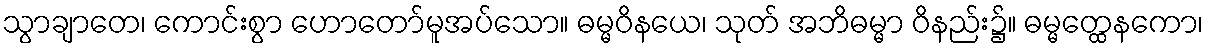
သွာချာတေ၊ ကောင်းစွာ ဟောတော်မူအပ်သော။ ဓမ္မဝိနယေ၊ သုတ် အဘိဓမ္မာ ဝိနည်း၌။ ဓမ္မတ္ထေနကော၊